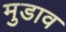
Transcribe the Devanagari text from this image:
मुडाव